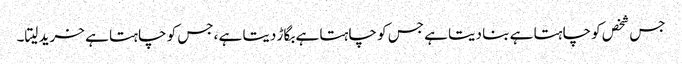
جس شخص کو چاہتا ہے بنا دیتا ہے جس کو چاہتا ہے بگاڑ دیتا ہے ،جس کو چاہتا ہے خرید لیتا۔